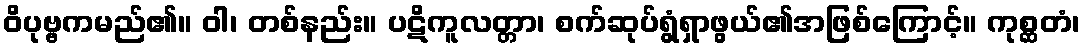
ဝိပုဗ္ဗကမည်၏။ ဝါ၊ တစ်နည်း။ ပဋိကူလတ္တာ၊ စက်ဆုပ်ရွံရှာဖွယ်၏အဖြစ်ကြောင့်။ ကုစ္ဆတံ၊